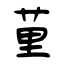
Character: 荲